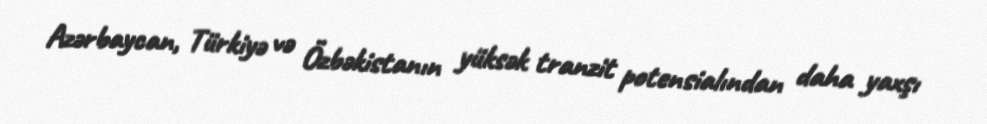
Azərbaycan, Türkiyə və Özbəkistanın yüksək tranzit potensialından daha yaxşı